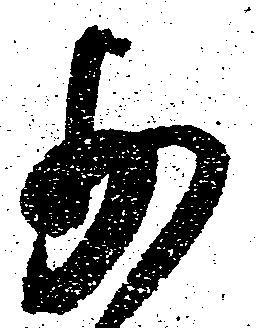
少